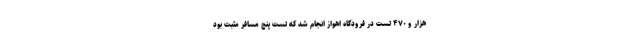
هزار و ۴۷۰ تست در فرودگاه اهواز انجام شد که تست پنج مسافر مثبت بود